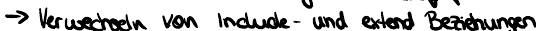
-> Verwechseln von Include- und extend Beziehungen